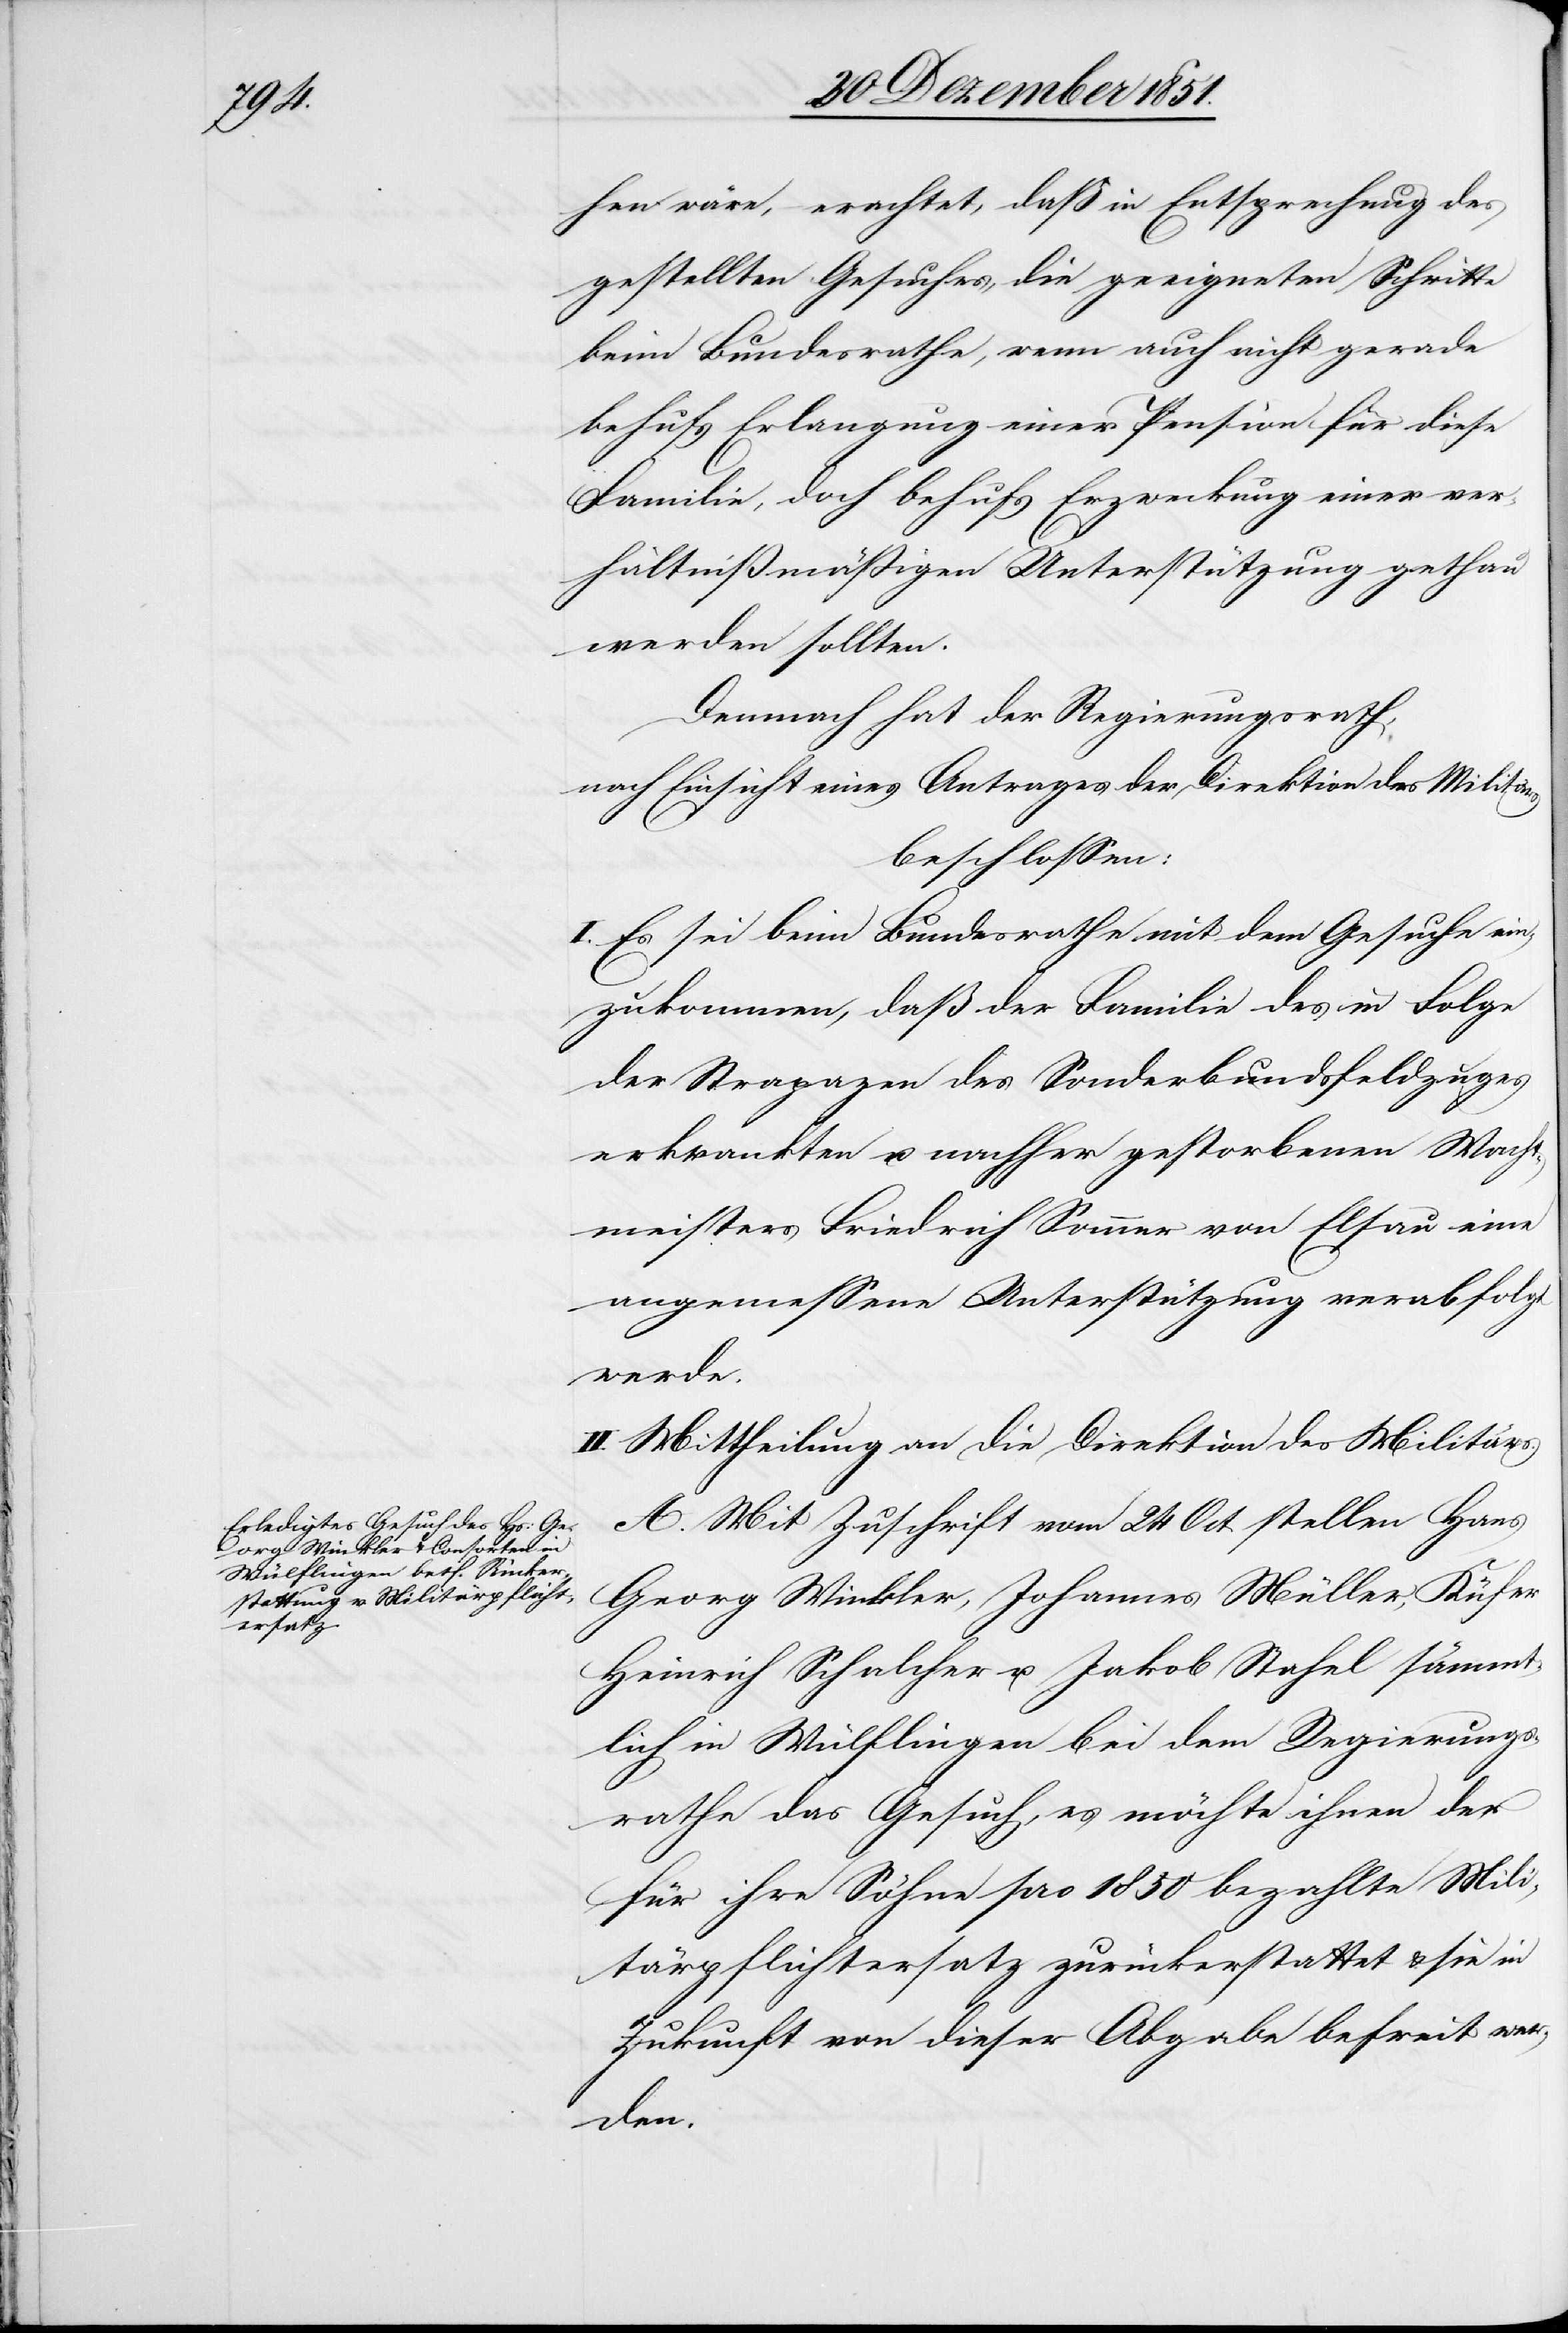
hen wäre, erachtet, daß in Entsprechung des
gestellten Gesuches, die geeigneten Schritte
beim Bundesrathe, wenn auch nicht gerade
behufs Erlangung einer Pension für diese
Familie, doch behufs Erzweckung einer ver¬
hältnißmäßigen Unterstützung gethan
werden sollten.
Demnach hat der Regierungsrath,
nach Einsicht eines Antrages der Direktion des Militärs
beschlossen:
I. Es sei beim Bundesrathe mit dem Gesuche ein¬
zukommen, daß der Familie des in Folge
der Strapazen des Sonderbundsfeldzuges
erkrankten u. nachher gestorbenen Wacht¬
meisters Friedrich Sommer von Elsau eine
angemessene Unterstützung verabfolgt
werde.
II. Mittheilung an die Direktion des Militärs.
A. Mit Zuschrift vom 24 Oct. stellen Hans
Georg Winkler, Johannes Müller, Küfer
Heinrich Schalcher u. Jakob Stahel sämm¬
tlich in Wülflingen bei dem Regierungs¬
rathe das Gesuch, es möchte ihnen der
für ihre Söhne pro 1850 bezahlte Mili¬
tärpflichtersatz zurückerstattet & sie in
Zukunft von dieser Abgabe befreit we¬
rden.